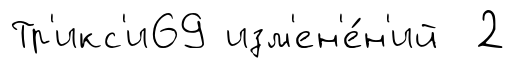
Тр'икс'и69 изм'ен'е́н'ий 2